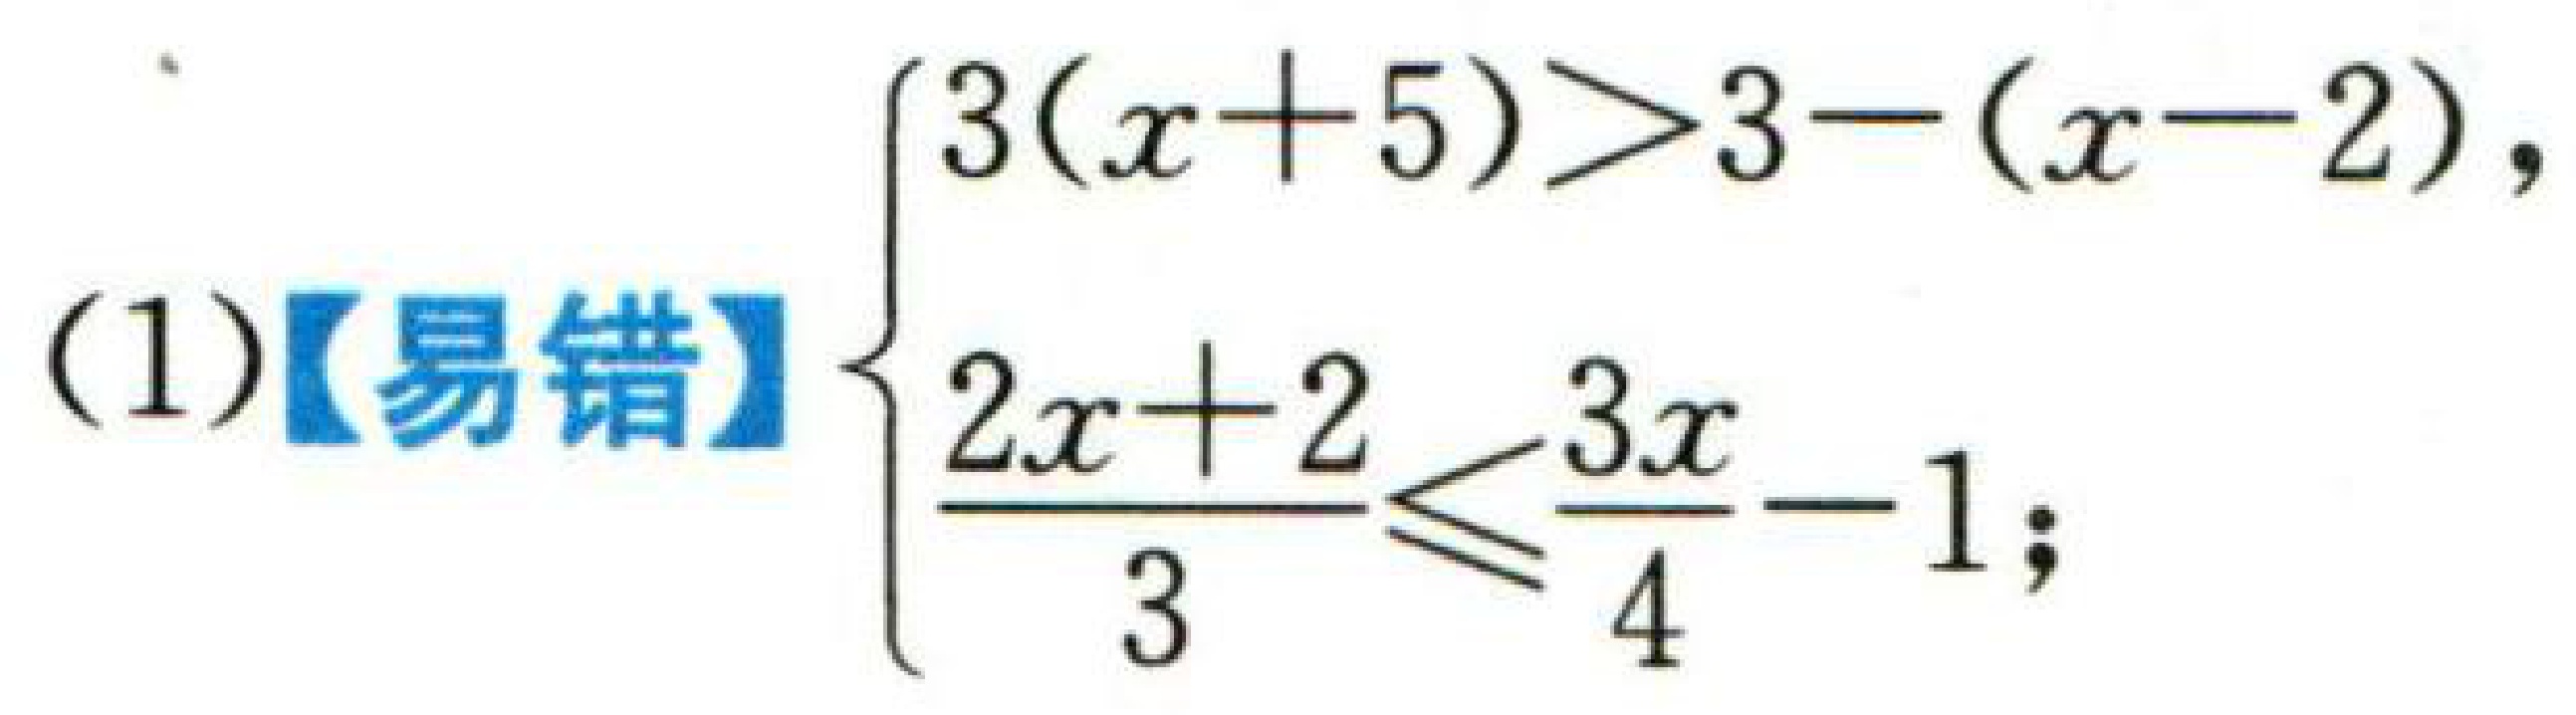
(1)【易错】$\begin{cases}3(x + 5)>3-(x - 2),\\\dfrac{2x + 2}{3}\leqslant\dfrac{3x}{4}-1;\end{cases}$